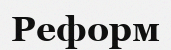
Реформ